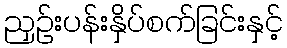
ညှဉ်းပန်းနှိပ်စက်ခြင်းနှင့်